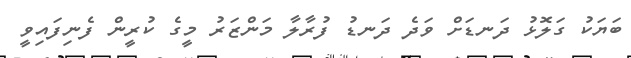
ބަޔަކު ގަލޮޅު ދަނޑަށް ވަދެ ދަނޑު ފުރާލާ މަންޒަރު މީގެ ކުރީން ފެނިފައިވީ